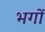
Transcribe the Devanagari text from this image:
भगों